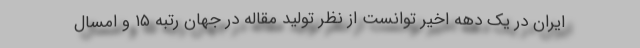
ایران در یک دهه اخیر توانست از نظر تولید مقاله در جهان رتبه ۱۵ و امسال